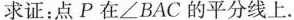
求证：点P在∠BAC的平分线上.